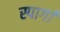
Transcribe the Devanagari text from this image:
स्पार्गा